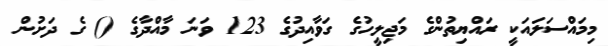
މިމައްސަލައަކީ ރައްޔިތުންގެ މަޖިލީހުގެ ގަވާއިދުގެ 123 ވަނަ މާއްދާގެ () ގެ ދަށުން